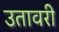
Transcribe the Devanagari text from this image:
उतावरी